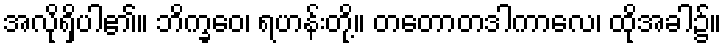
အလိုရှိပါ၏။ ဘိက္ခဝေ၊ ရဟန်းတို့။ တတောတဒါကာလေ၊ ထိုအခါ၌။